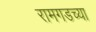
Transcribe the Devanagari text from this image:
रामगडच्या